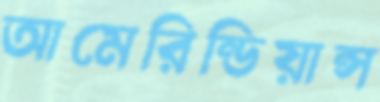
আমেরিন্ডিয়ান্স